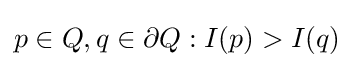
p\in Q,q\in \partial Q:I(p)>I(q)